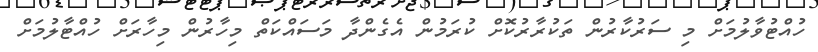
ހުއްޓުވާލުމަށް މި ސަރުކާރުން ތަކުރާރުކޮށް ކުރަމުން އެގެންދާ މަސައްކަތް މިހާރުން މިހާރަށް ހުއްޓާލުމަށް